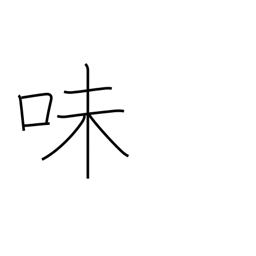
Meaning: flavor